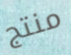
منتج